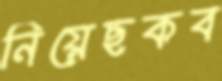
নিয়েছকব